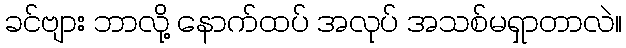
ခင်ဗျား ဘာလို့ နောက်ထပ် အလုပ် အသစ်မရှာတာလဲ။